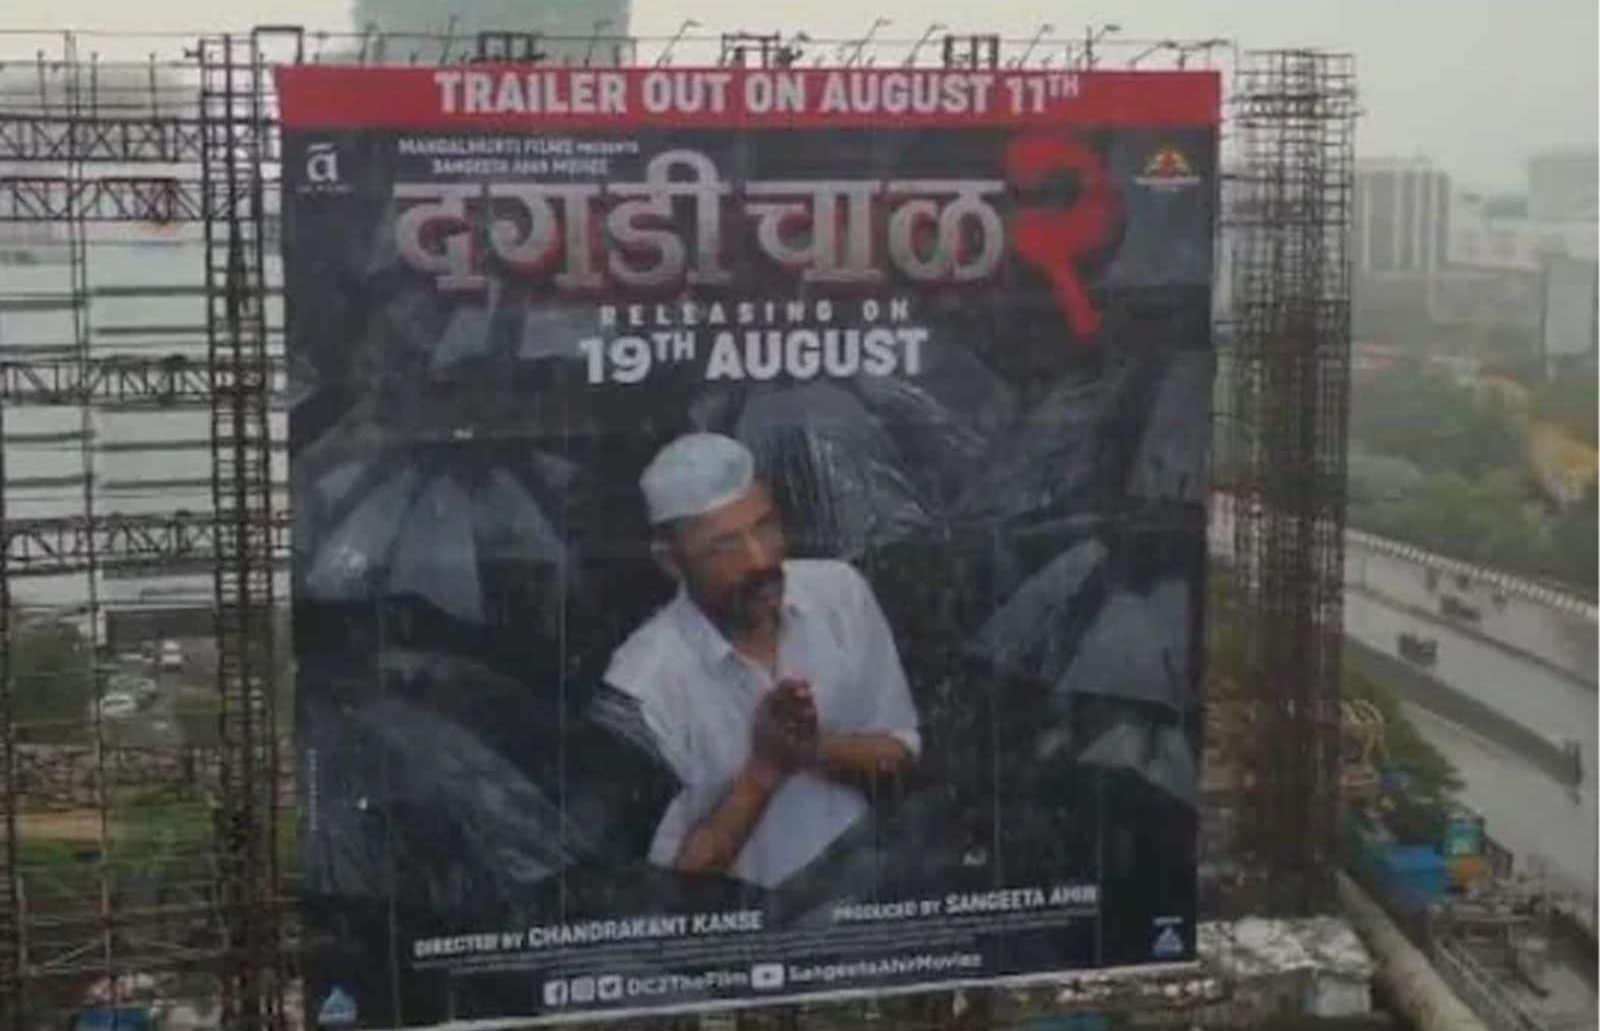
Language: marathi
Transcription: दगडी चाळ